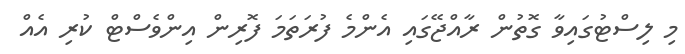
މި ލިސްޓުގައިވާ ގޮތުން ރާއްޖޭގައި އެންމެ ފުރަތަމަ ފޮރިން އިންވެސްޓް ކުރި އެއް